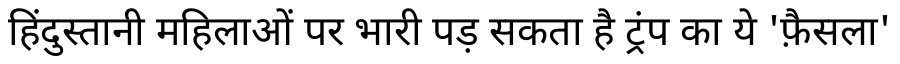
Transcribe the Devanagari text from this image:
हिंदुस्तानी महिलाओं पर भारी पड़ सकता है ट्रंप का ये 'फ़ैसला'